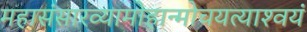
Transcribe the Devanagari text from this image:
महासंसारव्यामोहान्मोचयत्याश्‍वयं